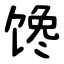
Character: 馋